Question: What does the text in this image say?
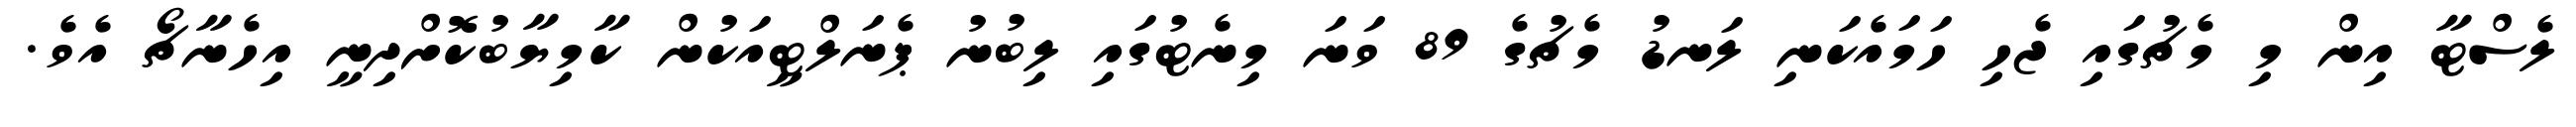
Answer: ލެސްޓާ އިން މި މެޗުގައި ޖެހި ހަމައެކަނި ލަނޑު މެޗުގެ 89 ވަނަ މިނެޓުގައި ލިބުނު ޕެނަލްޓީއަކުން ކާމިޔާބުކޮށްދިނީ އިހެނާޗޯ އެވެ.